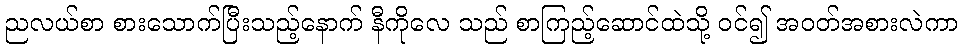
ညလယ်စာ စားသောက်ပြီးသည့်နောက် နီကိုလေ သည် စာကြည့်ဆောင်ထဲသို့ ဝင်၍ အဝတ်အစားလဲကာ